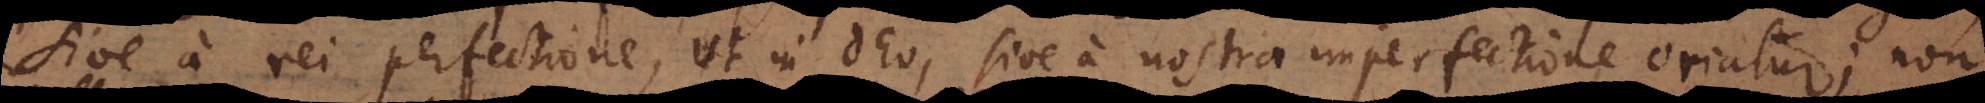
sive a rei perfectione, ut in Deo, sive a nostra imperfectione oriatur; non